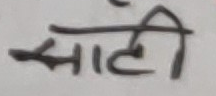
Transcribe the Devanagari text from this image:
साठी